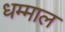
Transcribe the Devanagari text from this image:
धम्माल